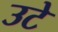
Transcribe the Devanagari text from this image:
उटे